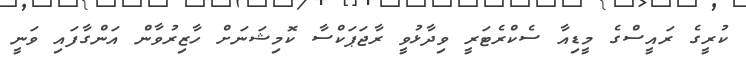
ކުރީގެ ރައީސްގެ މީޑިއާ ސެކްރެޓަރީ ވިދާޅުވީ ރާޖަޕަކްސާ ކޮމިޝަނަށް ހާޒިރުވާން އަންގާފައި ވަނީ